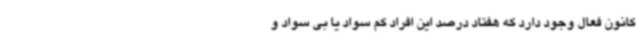
کانون فعال وجود دارد که هفتاد درصد این افراد کم سواد یا بی سواد و